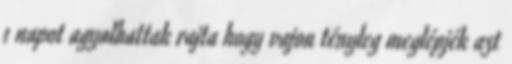
1 napot agyalhattak rajta hogy vajon tényleg meglépjék azt